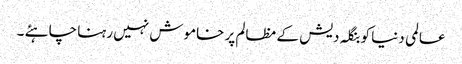
عالمی دنیا کو بنگلہ دیش کے مظالم پر خاموش نہیں رہنا چاہئے ۔